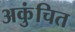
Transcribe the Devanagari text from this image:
अकुंचित